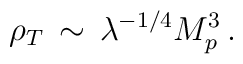
\rho_T \, \sim \, \lambda^{-1/4} M_p^3 \, .